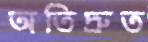
অতিদ্রুত